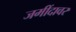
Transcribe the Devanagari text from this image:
जमींदावर